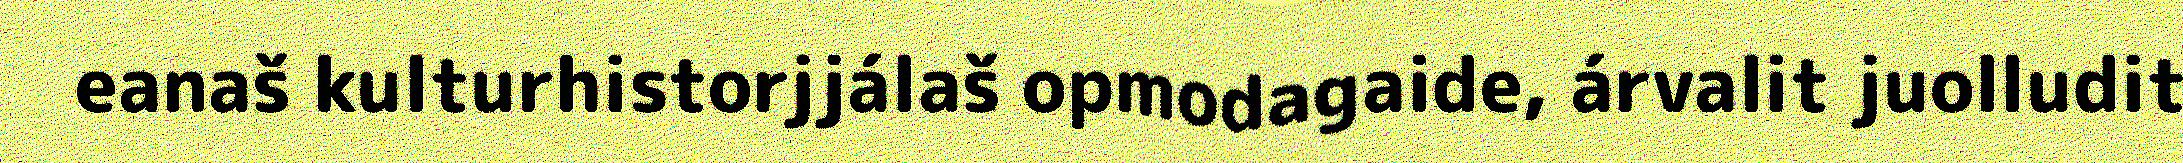
eanaš kulturhistorjjálaš opmodagaide, árvalit juolludit